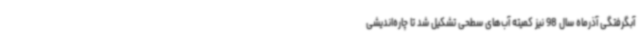
آبگرفتگی آذرماه سال 98 نیز کمیته آب‌های سطحی تشکیل شد تا چاره‌اندیشی